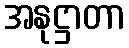
အနုဋ္ဌာတာ